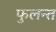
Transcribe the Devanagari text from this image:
फुलन्त